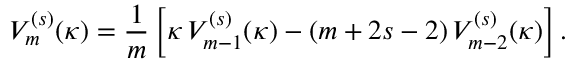
V _ { m } ^ { ( s ) } ( \kappa ) = \frac { 1 } { m } \left[ \kappa \, V _ { m - 1 } ^ { ( s ) } ( \kappa ) - ( m + 2 s - 2 ) \, V _ { m - 2 } ^ { ( s ) } ( \kappa ) \right] .